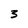
Character: 3